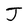
Character: J